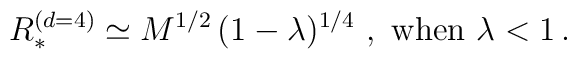
R_*^{(d=4)} \simeq M^{1/2} \, (1-\lambda)^{1/4} \ , \ \hbox{when} \ \lambda < 1 \, .